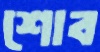
শোব